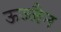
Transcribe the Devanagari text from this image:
ऊज्जैन